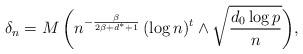
LaTeX: \begin{align*}\delta_n=M\, \bigg(n^{-\frac{\beta}{2\beta + d^\ast +1}} \, (\log n)^t\wedge \sqrt{\frac{d_0\log p}{n}}\bigg),\end{align*}